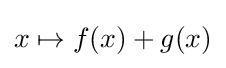
x\mapsto f(x)+g(x)